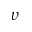
\upsilon